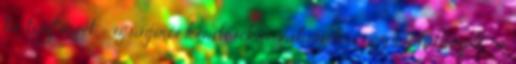
be tisztségét - újságírói kérdésekre válaszolva úgy nyilatkozott, "a